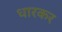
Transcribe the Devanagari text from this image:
धारकर